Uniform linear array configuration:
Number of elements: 48
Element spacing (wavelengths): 1
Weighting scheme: exponential
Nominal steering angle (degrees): -45
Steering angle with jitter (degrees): -45.929
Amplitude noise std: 0.05
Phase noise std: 0.05

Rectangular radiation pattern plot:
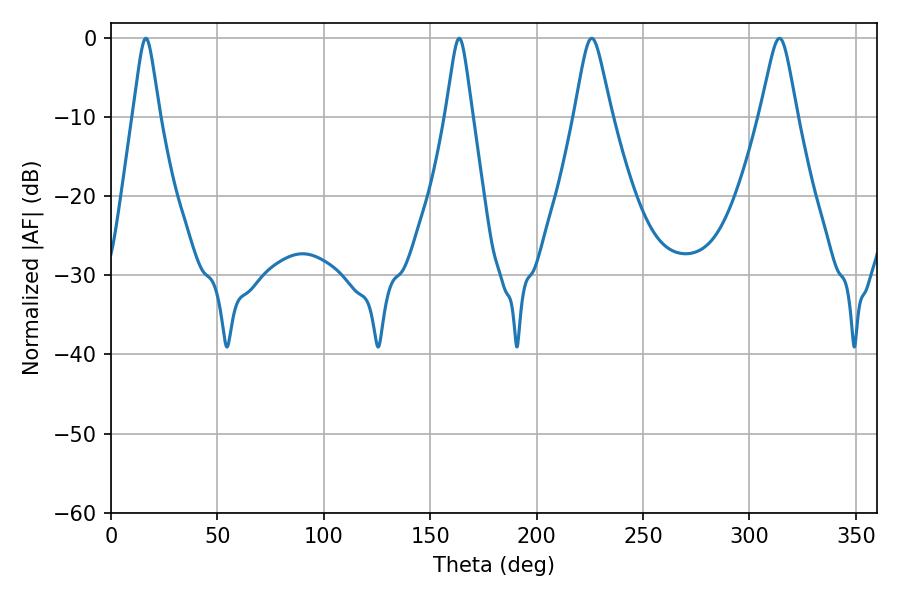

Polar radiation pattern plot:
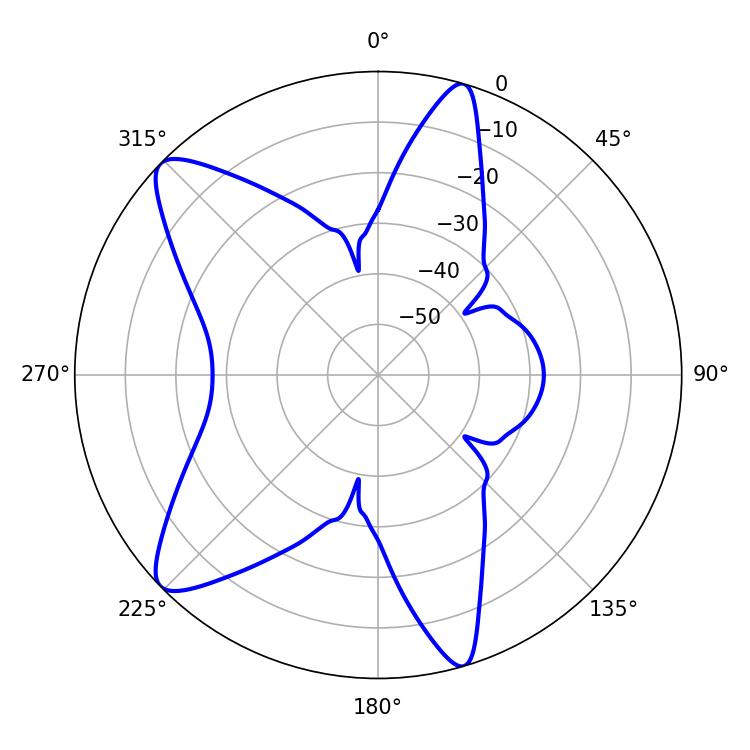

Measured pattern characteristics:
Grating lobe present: TRUE
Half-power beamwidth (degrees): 5.94
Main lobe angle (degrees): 163.62